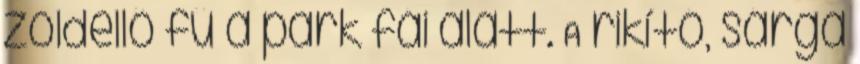
zöldellő fű a park fái alatt. A rikító, sárga